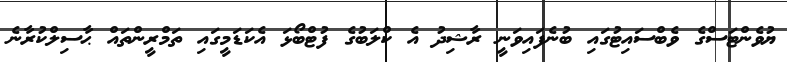
ޔުވެންޓަސްގެ ވެބްސައިޓުގައި ބުނެފައިވަނީ ރާޝިދު އެ ކްލަބުގެ ފުޓްބޯޅަ އެކަޑަމީގައި ތަމްރީންތައް ޙާސިލްކުރާނެ